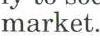
market.